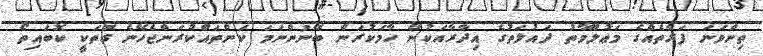
ތިންވަނަ ފަރާތެއްގެ މަޢުލޫމާތު ދައުލަތުގެ އިދާރާއަކުން ހާމަކުރަން ބޭނުންނަމަ ކަންތައްކުރަންޖެހޭނެ ގޮތަކީ ކޮބައިތޯ